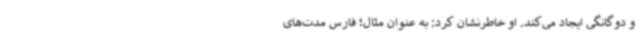
و دوگانگی ایجاد می‌کند. او خاطرنشان کرد: به عنوان مثال؛ فارس مدت‌های